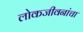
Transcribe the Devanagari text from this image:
लोकजीवनांचा